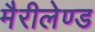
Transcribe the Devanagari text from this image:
मैरीलेण्ड